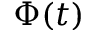
\Phi ( t )